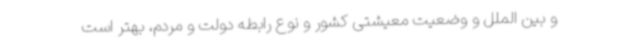
و بین الملل و وضعیت معیشتی کشور و نوع رابطه دولت و مردم، بهتر است